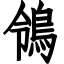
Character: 鴒